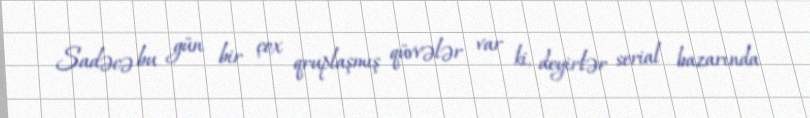
Sadəcə bu gün bir çox qruplaşmış qüvvələr var ki, deyirlər serial bazarında